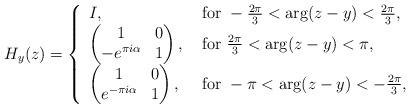
LaTeX: \begin{align*}H_{y}(z) = \left\{ \begin{array}{l l}I, & \mbox{ for } -\frac{2\pi}{3}< \arg(z-y)< \frac{2\pi}{3},\\\begin{pmatrix}1 & 0 \\-e^{\pi i \alpha} & 1 \\\end{pmatrix}, & \mbox{ for } \frac{2\pi}{3}< \arg(z-y)< \pi, \\\begin{pmatrix}1 & 0 \\e^{-\pi i \alpha} & 1 \\\end{pmatrix}, & \mbox{ for } -\pi< \arg(z-y)< -\frac{2\pi}{3}, \\\end{array} \right.\end{align*}